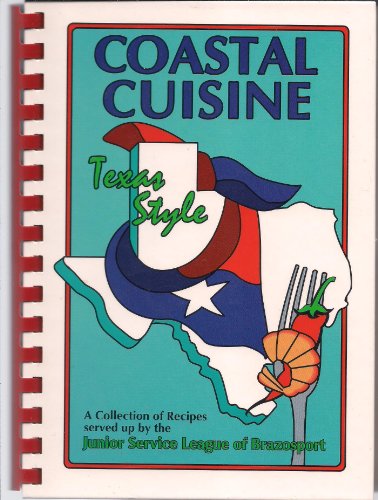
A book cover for Coastal Cuisine Texas Style: Junior Service League of Brazosport; J S L of Brazosport; Cookbooks, Food & Wine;